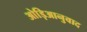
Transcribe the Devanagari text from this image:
ओड़िआनुवाद